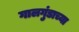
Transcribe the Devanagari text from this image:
गालगुंडाच्या